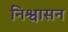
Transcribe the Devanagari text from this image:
निश्वासन